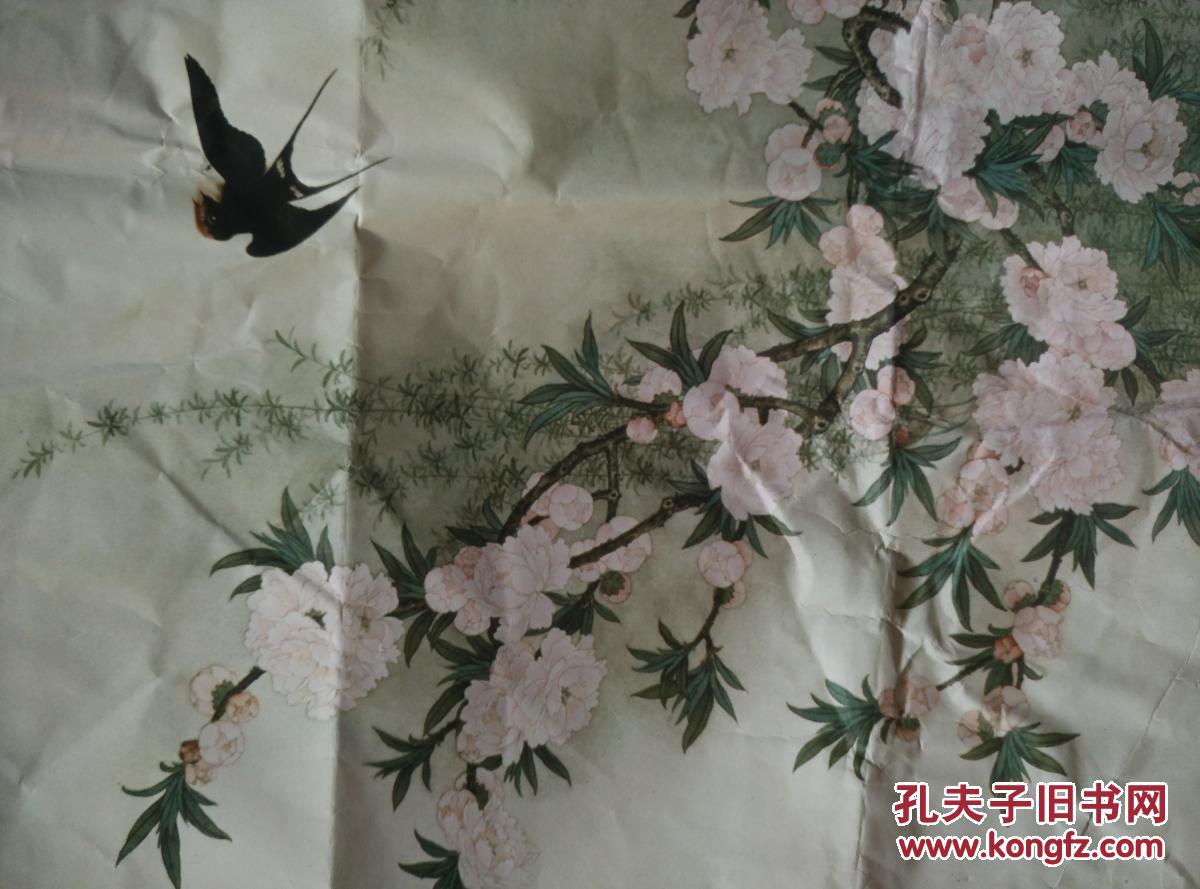
试问春归谁得见？飞燕，来时相遇夕阳中。